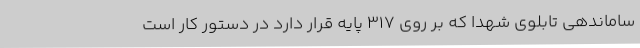
ساماندهی تابلوی شهدا که بر روی 317 پایه قرار دارد در دستور کار است